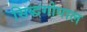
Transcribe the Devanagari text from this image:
सिद्धगोपाल